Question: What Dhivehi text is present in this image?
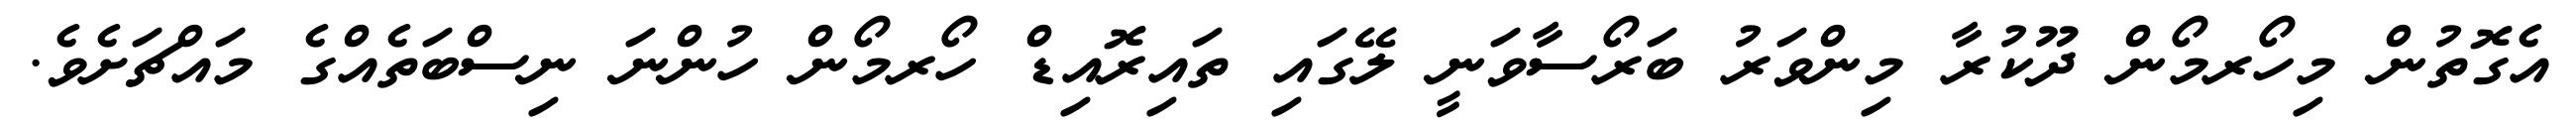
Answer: އެގޮތުން މިހޯރމޯން ދޫކުރާ މިންވަރު ބަރޯސާވަނީ ލޭގައި ތައިރޮއިޑް ހޯރމޯން ހުންނަ ނިސްބަތެއްގެ މައްޗަށެވެ.